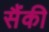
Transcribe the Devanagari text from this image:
सैंकी